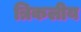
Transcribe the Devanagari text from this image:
त्रिकलीय